Vaccination in Bombay 1924-1928 - 1924-1928
Year: 1924
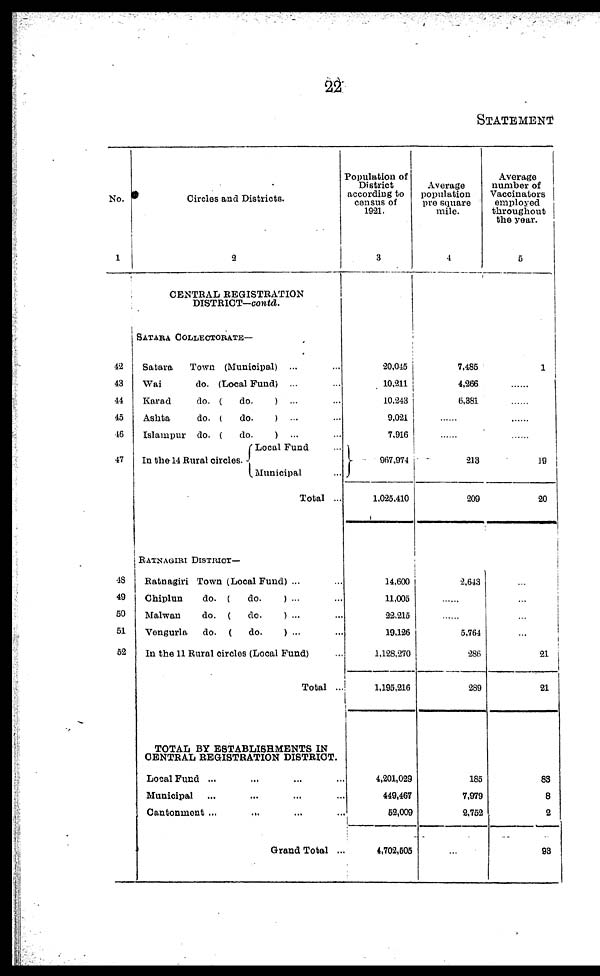
22
STATEMENT
No.
1
42
43
44
45
46
47
48
49
50
51
52
Circles and Districts.
2
CENTRAL REGISTRATION
DISTRICT—contd.
SATARA COLLECTORATE—
Satara
Town (Municipal) ... ...
Wai
do. (Local Fund) ... ...
Karad
do. (
do.
) ... ...
Ashta
do. (
do.
) ... ...
Islampur do. (
do.
) ... ...
In the 14 Rural circles.
Local Fund ...
Municipal ...
Total ...
RATNAGIRI DISTRICT—
Ratnagiri Town (Local Fund) ... ...
Chiplun
do. (
do.
) ... ...
Malwan
do. (
do.
) ... ...
Vengurla
do. (
do.
) ... ...
In the 11 Rural circles (Local Fund) ...
Total ...
TOTAL BY ESTABLISHMENTS IN
CENTRAL REGISTRATION DISTRICT.
Local Fund ... ... ... ...
Municipal ... ... ... ...
Cantonment ...
... ... ...
Grand Total ...
Population of
District
according to
census of
1921.
3
20,045
10,211
10,243
9,021
7,916
967,974
1,025,410
14,600
11,005
22,215
19,126
1,128,270
1,195,216
4,201,029
449,467
52,009
4,702,505
Average
population
pre square
mile.
4
7,485
4,266
6,381
......
......
213
209
2,643
......
......
5,764
286
289
185
7,979
2,752
...
Average
number of
Vaccinators
employed
throughout
the year.
5
1
......
......
......
......
19
20
...
...
...
...
21
21
83
8
2
93